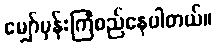
မျှော်မှန်းကြံစည်နေပါတယ်။